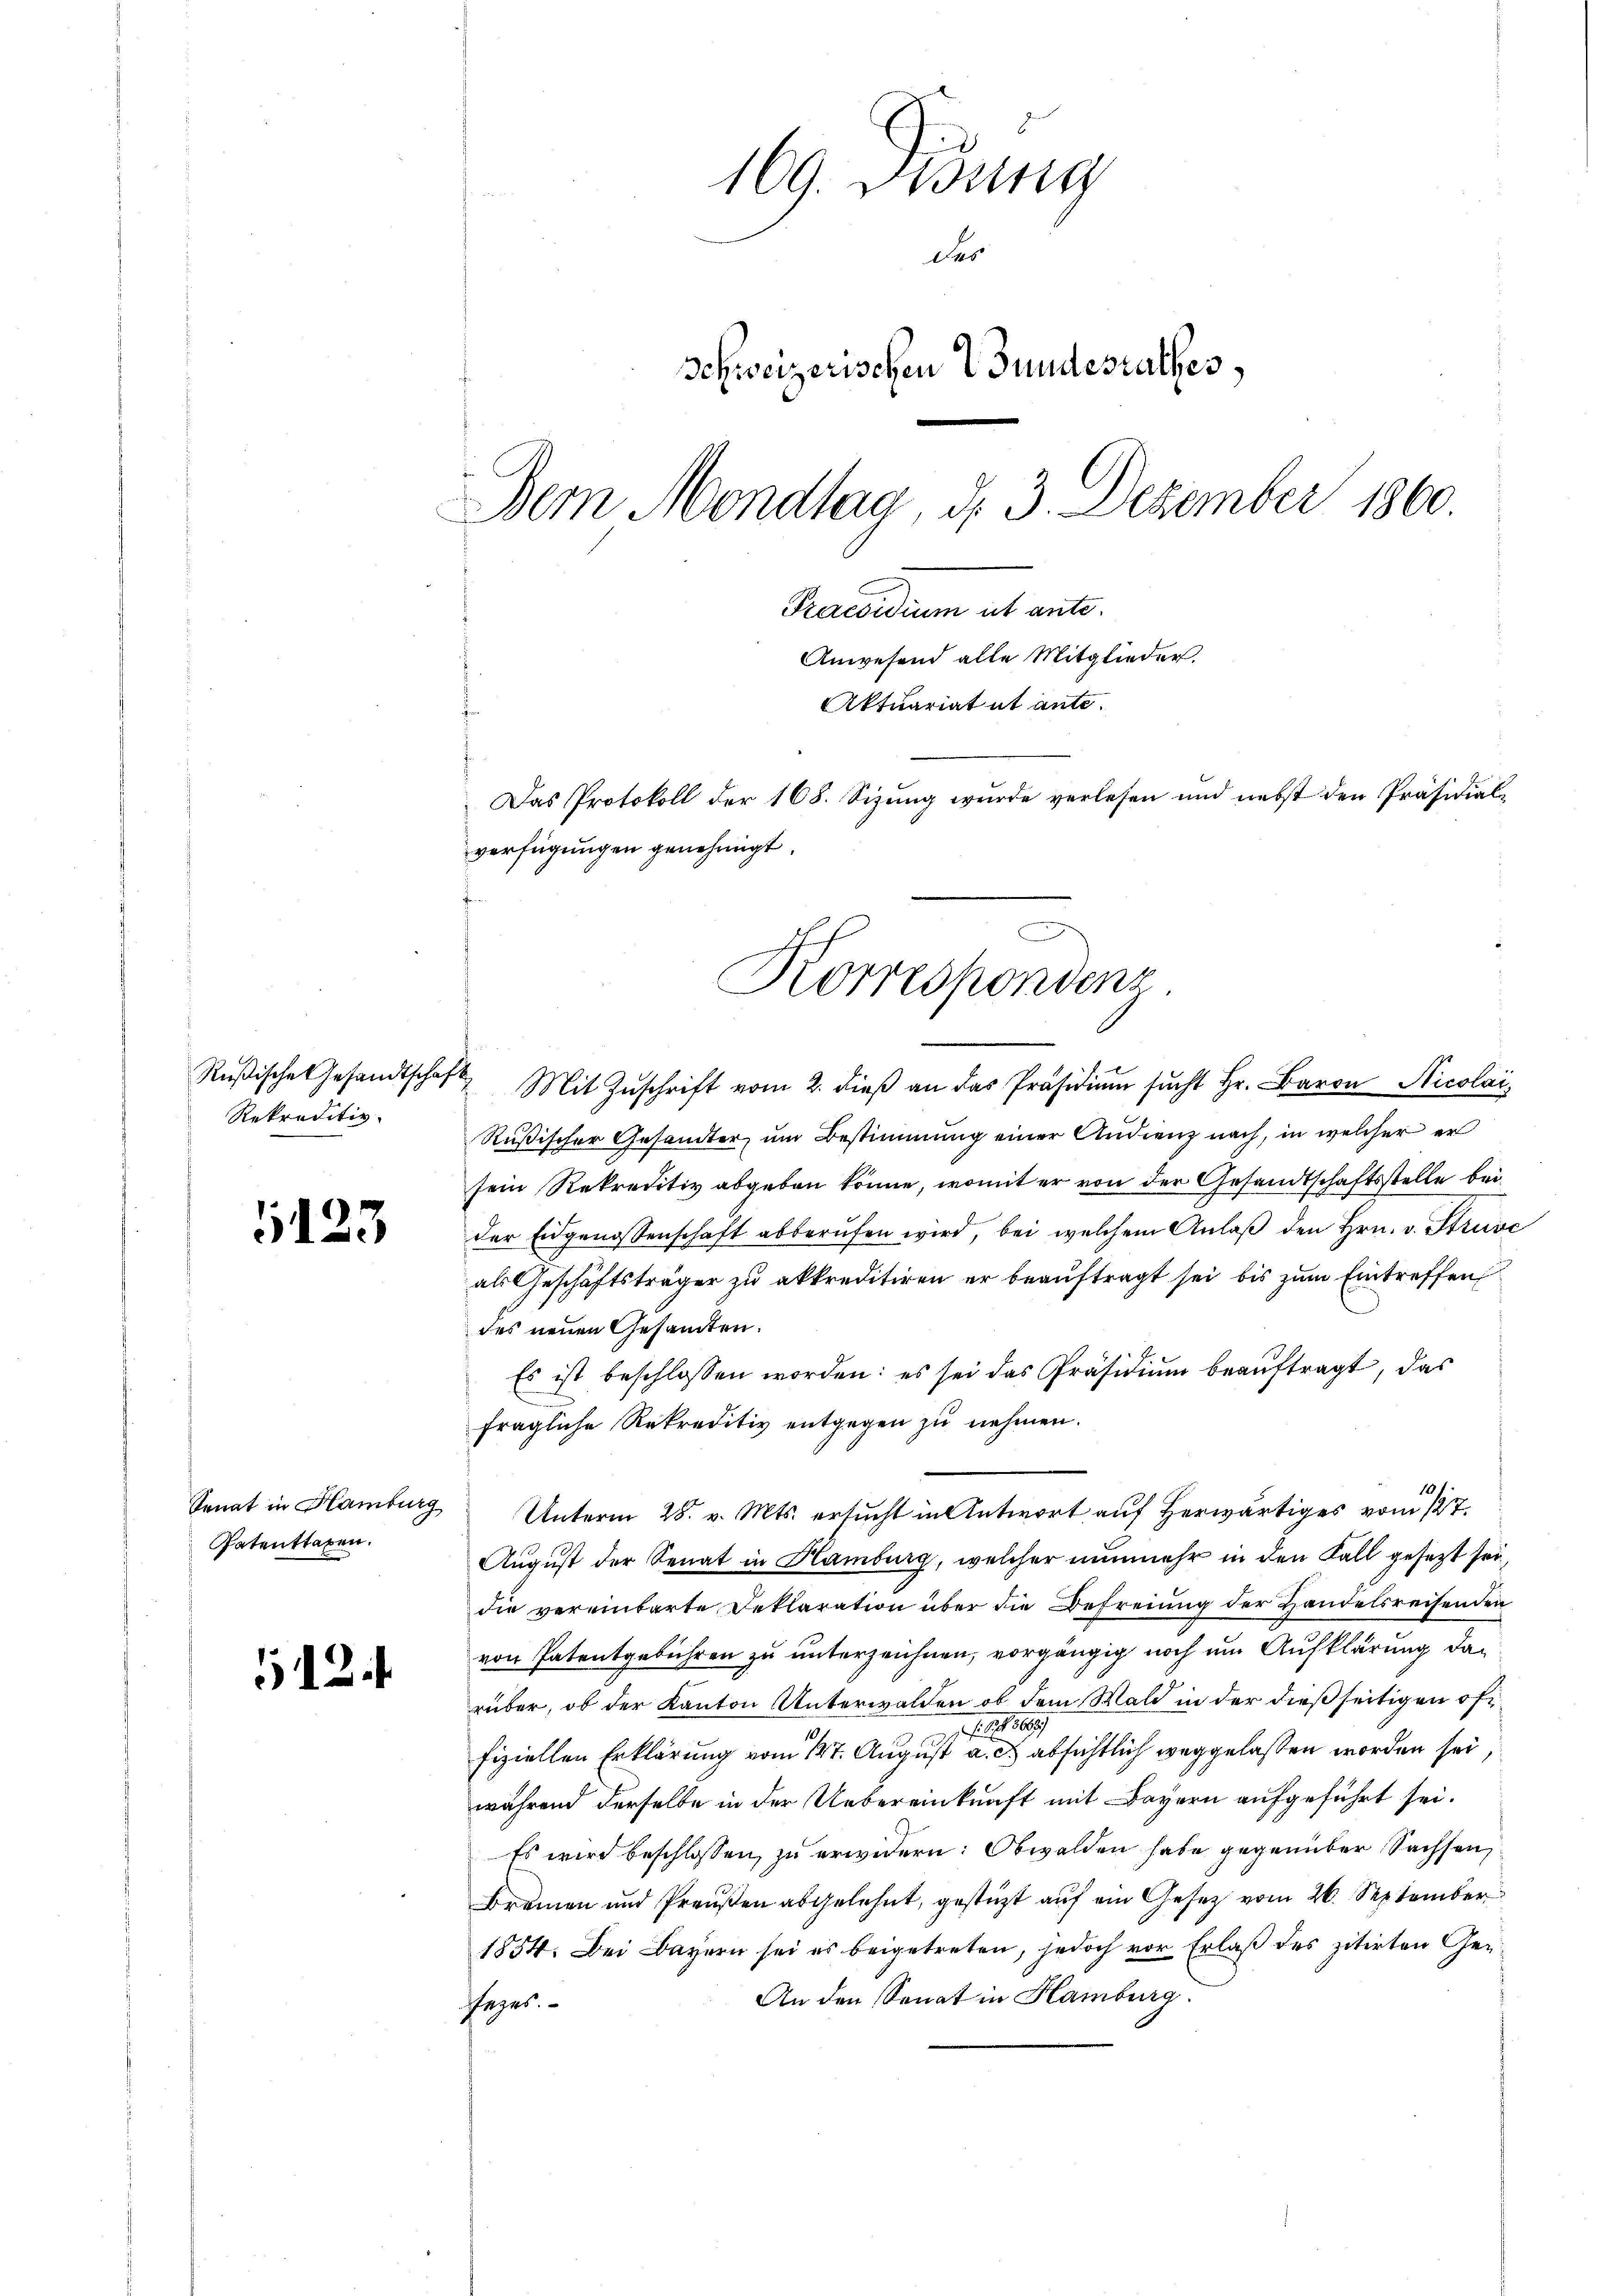
Rekraditiv

5123

Patenttaxen.

512

169. Jung
des
Schweizerischen 2 Bundesrathes,
Dem Mondlag, d. 3. Dezember 1860.
Praesidium ist ante.
Anwesend alle Mitglieder.
Aktuariat ut ante.
Das Protokoll der 168. Sizung wurde verlesen und nebst den Präsidial-
verfügungen genehmigt.

Rŭβische Gesandtschaft Mit Zŭschrift vom 2. dieβ an das Präsidiŭm sŭcht Hr. Baron Nicolai,
Rußischer Gesandter, um Bestimmung einer Audienz nach, in welcher er
sein Rekreditiv abgeben könne, womit er von der Gesandtschaftsstelle bei
der Eidgenossenschaft abberŭfen wird, bei welchem Anlaβ den Hrn. v. Struse
als Geschäftsträger zu akkreditiren er beauftragt sei bis zum Eintreffen
des neuen Gesandten.
Es ist beschlossen worden: es sei das Präsidium beauftragt, das
fragliche Rekreditiv entgegen zu nehmen.
Senat in Hamburg Unterm 28. v. Mts. ersucht in Antwort auf herwärtiges vom 127.
August der Senat in Hamburg, welcher nunmehr in den Fall gesezt sei,
die vereinbarte Reklaration über die Befreiung der Handelsreisenden
von Patentgebühren zu unterzeichnen, vorgängig noch um Aufklärung darüber, ob der Kanton Unterwalden, ob dem Wald in der dießseitigen öffr. f. 8608
fiziellen Erklärung vom 17. August a. c. absichtlich weggelassen worden sei,
während derselbe in der Uebereinkunft mit Bayern aufgeführt sei.
Es wird beschlossen, zu erwidern: Obwalden habe gegenüber Sachsen,
Bremen und Preußen abgelehnt, gestüzt auf ein Gesetz vom 26. September
1854. Bei Bayern sei es beigetreten, jedoch vor Erlaß des zitirten Ge¬
An den Sonat in Hamburg.
sezes.

Korrespondens